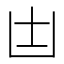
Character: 𠙽